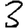
Digit: 3